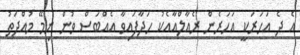
އެ ދެ އަހަރަކީ އަހަރެން ރެއާލްއާއެކު ހަދާފައިވާ އެއްބަސް ވުން ނިމޭ މުއްދަތު